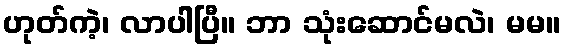
ဟုတ်ကဲ့၊ လာပါပြီ။ ဘာ သုံးဆောင်မလဲ၊ မမ။